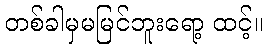
တစ်ခါမှမမြင်ဘူးရော့ ထင့်။